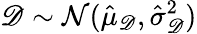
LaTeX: \mathscr D\sim\mathcal N(\hat{\mu}_{\mathscr D},\hat{\sigma}_{\mathscr D}^{2})